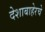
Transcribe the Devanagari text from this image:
देशाबाहेरचे